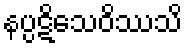
နပ္ပဋိသေဝိဿသိ